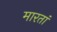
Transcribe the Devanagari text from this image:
मारतां